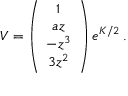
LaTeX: V = \left( \begin{array} { c } { { 1 } } \\ { { a z } } \\ { { - z ^ { 3 } } } \\ { { 3 z ^ { 2 } } } \end{array} \right) e ^ { K / 2 } \, .